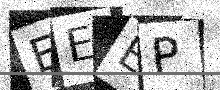
Text: EEEP